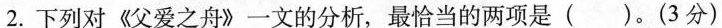
2.下列对《父爱之舟》一文的分析，最恰当的两项是()。(3分)